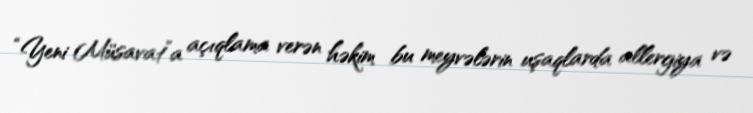
“Yeni Müsavat”a açıqlama verən həkim bu meyvələrin uşaqlarda allergiya və